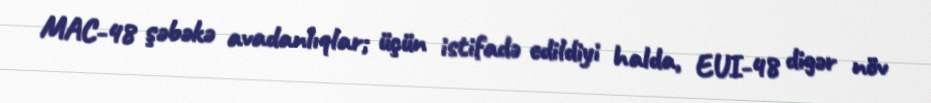
MAC-48 şəbəkə avadanlıqlar; üçün istifadə edildiyi halda, EUI-48 digər növ